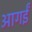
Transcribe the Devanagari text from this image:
आगईं